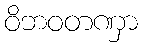
ဝိဘဝတဏှာ